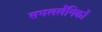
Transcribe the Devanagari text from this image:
समललैंगिकों